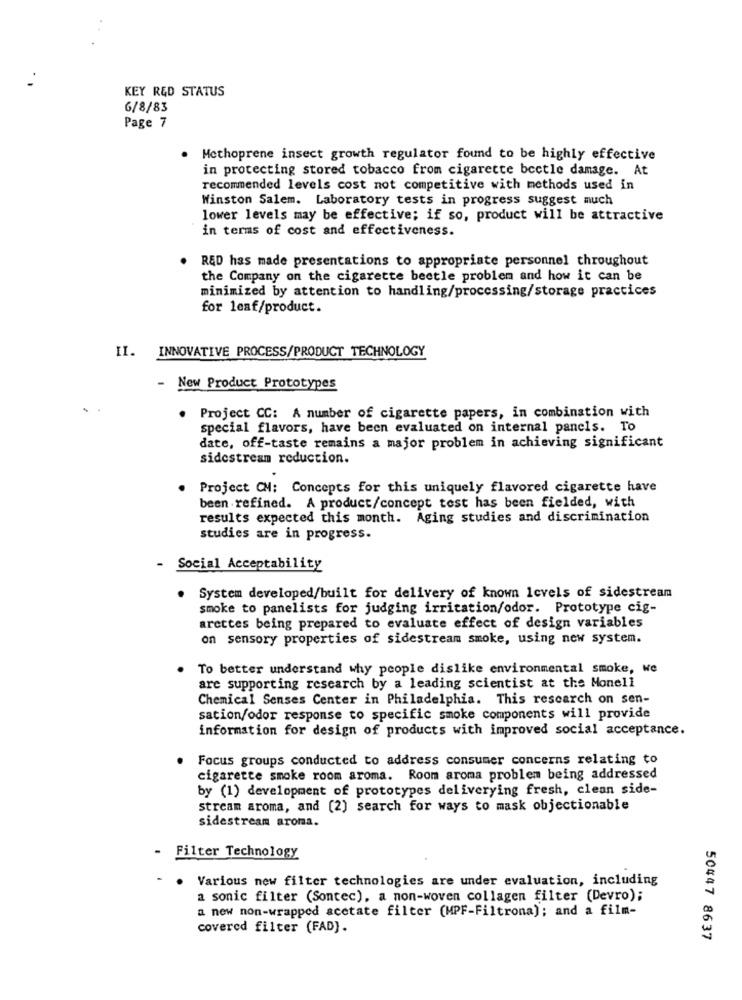
KEY RED STATUS
6/8/83
Page 7
. Methoprene insect growth regulator found to be highly effective
in protecting stored tobacco from cigarette beetle damage. At
recommended levels cost not competitive with methods used in
Winston Salem. Laboratory tests in progress suggest much
lower levels may be effective; if so, product will be attractive
in terms of cost and effectiveness.
RED has made presentations to appropriate personnel throughout
the Company on the cigarette beetle problem and how it can be
minimized by attention to handling/processing/storage practices
for leaf/product.
II. INNOVATIVE PROCESS/PRODUCT TECHNOLOGY
- New Product Prototypes
. Project CC: A number of cigarette papers, in combination with
special flavors, have been evaluated on internal panels. To
date, off-taste remains a major problem in achieving significant
sidestream reduction.
Project CM: Concepts for this uniquely flavored cigarette have
been refined. A product/concept test has been fielded, with
results expected this month. Aging studies and discrimination
studies are in progress.
- Social Acceptability
System developed/built for delivery of known levels of sidestream
smoke to panelists for judging irritation/odor. Prototype cig-
arettes being prepared to evaluate effect of design variables
on sensory properties of sidestream smoke, using new system.
To better understand why people dislike environmental smoke, we
are supporting research by a leading scientist at the Monell
Chemical Senses Center in Philadelphia. This research on sen-
sation/odor response to specific smoke components will provide
information for design of products with improved social acceptance.
Focus groups conducted to address consumer concerns relating to
cigarette smoke room aroma. Room aroma problem being addressed
by (1) development of prototypes deliverying fresh, clean side-
stream aroma, and (2) search for ways to mask objectionable
sidestream aroma.
- Filter Technology
Various new filter technologies are under evaluation, including
a sonic filter (Sontec), a non-woven collagen filter (Devro);
a new non-wrapped acetate filter (MPF-Filtrona); and a film-
covered filter (FAD).
50447 8637